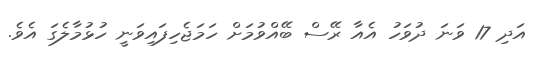
އަދި 17 ވަނަ ދުވަހު އެއާ ރޭސް ބޭއްވުމަށް ހަމަޖެހިފައިވަނީ ހުޅުމާލެގަ އެވެ.